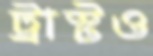
ট্রাস্টও